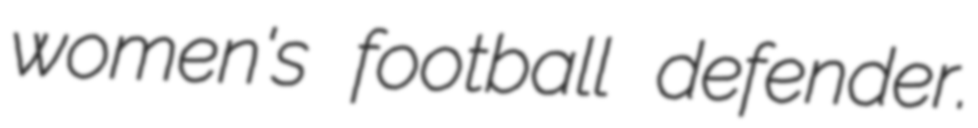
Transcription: women's football defender.